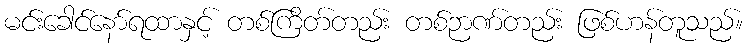
မင်းခေါင်နော်ရထာနှင့် တစ်ကြိတ်တည်း တစ်ဉာဏ်တည်း ဖြစ်ဟန်တူသည်။